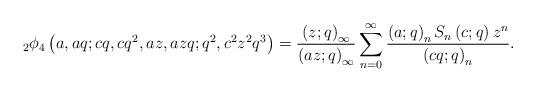
LaTeX: \begin{align*}_{2}\phi_{4}\left(a,aq;cq,cq^{2},az,azq;q^{2},c^{2}z^{2}q^{3}\right)=\frac{\left(z;q\right)_{\infty}}{\left(az;q\right)_{\infty}}\sum_{n=0}^{\infty}\frac{\left(a;q\right)_{n}S_{n}\left(c;q\right)z^{n}}{\left(cq;q\right)_{n}}.\end{align*}